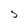
Character: 5